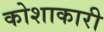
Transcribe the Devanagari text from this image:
कोशाकारी